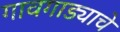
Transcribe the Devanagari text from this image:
गावगाड्याचे